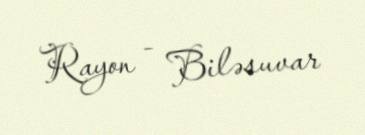
Rayon - Biləsuvar